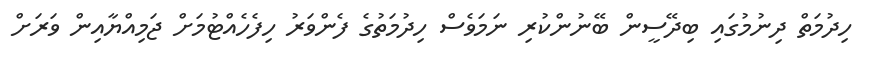
ހިދުމަތް ދިނުމުގައި ބިދޭސީން ބޭނުންކުރި ނަމަވެސް ހިދުމަތުގެ ފެންވަރު ހިފެހެއްޓުމަށް ޖަމިއްޔާއިން ވަރަށް